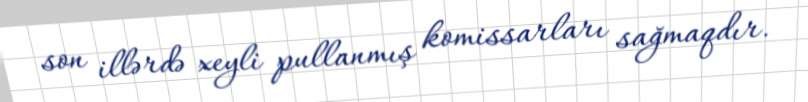
son illərdə xeyli pullanmış komissarları sağmaqdır.